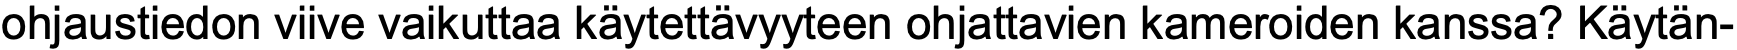
ohjaustiedon viive vaikuttaa käytettävyyteen ohjattavien kameroiden kanssa? Käytän-